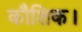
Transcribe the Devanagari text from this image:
कौशिक।